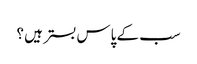
سب کے پاس بستر ہیں ؟